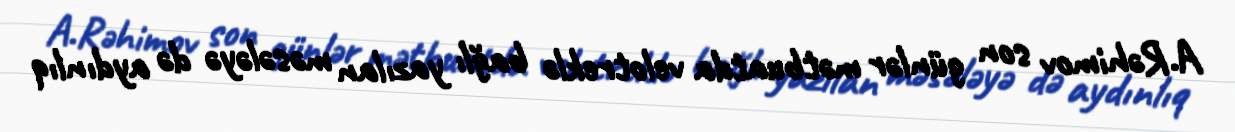
A.Rəhimov son günlər mətbuatda velotreklə bağlı yazılan məsələyə də aydınlıq